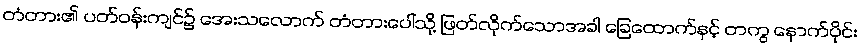
တံတား၏ ပတ်ဝန်းကျင်၌ အေးသလောက် တံတားပေါ်သို့ ဖြတ်လိုက်သောအခါ ခြေထောက်နှင့် တကွ နောက်ပိုင်း